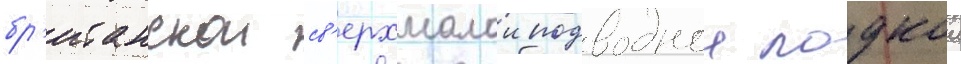
бр'итанскои св'ерхмалои подводнои лодкои